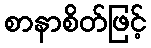
စာနာစိတ်ဖြင့်